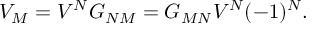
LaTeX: V _ { M } = V ^ { N } G _ { N M } = G _ { M N } V ^ { N } ( - 1 ) ^ { N } .